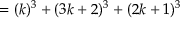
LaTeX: = ( k ) ^ { 3 } + ( 3 k + 2 ) ^ { 3 } + ( 2 k + 1 ) ^ { 3 }